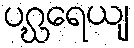
ပဂ္ဃရေယျ